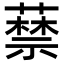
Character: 𦽔